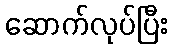
ဆောက်လုပ်ပြီး